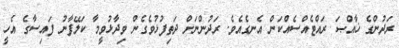
ރަދުންގެ ޚާއްޞަ ރައްޓެއްސެއްކަން އެނގެއެވެ. ރަދުންނަށް ދަތިފުޅުވެގެން ވިދާޅުވީމާ ކަލޭފާނު ފައިސާގެ އެހީ